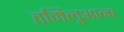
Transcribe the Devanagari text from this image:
तमिलुआना